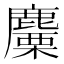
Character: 麜